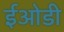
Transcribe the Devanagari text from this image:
ईओडी